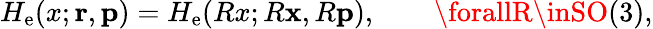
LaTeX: H_{\mathrm{e}}(x;{\mathbf{{r}}},{\mathbf{{p}}})=H_{\mathrm{e}}(Rx;R{\mathbf{{x}}},R{\mathbf{{p}}}),\qquad\forallR\inSO(3),